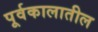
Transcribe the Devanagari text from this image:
पूर्वकालातील